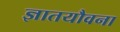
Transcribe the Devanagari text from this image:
ज्ञातयौवना